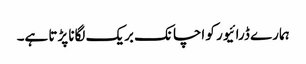
ہمارے ڈرائیور کو اچانک بریک لگانا پڑتا ہے۔